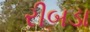
રીબડા